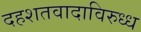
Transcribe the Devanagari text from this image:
दहशतवादाविरुध्ध